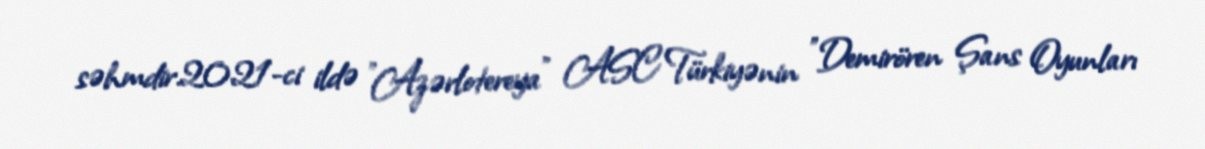
səhmdir.2021-ci ildə "Azərlotereya" ASC Türkiyənin "Demirören Şans Oyunları